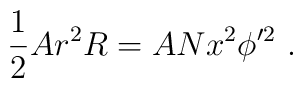
\frac{1}{2} A r^2 R = A N x^2 \phi'^2\ .